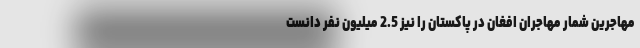
مهاجرین شمار مهاجران افغان در پاکستان را نیز 2.5 میلیون نفر دانست